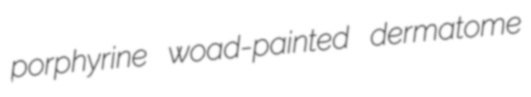
porphyrine woad-painted dermatome